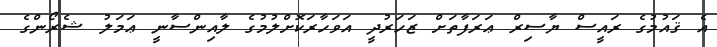
އެ ޤައުމުގެ ރައީސް ޔާސިރް ޢަރަފާތަށް ޒަހަރުދީ އަވަހާރަކޮށްލުމުގެ ލާއިންސާނީ ޢަމަލު ޝެރޯންގެ